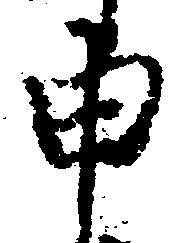
申